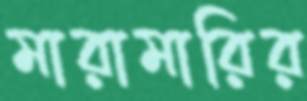
মারামারির